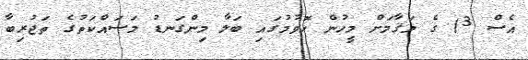
އެސް 3) ގެ މަޤާމަށް މީހުން ހޮވުމުގައި ބަލާ މިންގަނޑު މަސައްކަތުގެ ތަޖުރިބާ